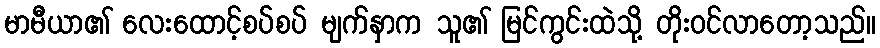
မာမီယာ၏ လေးထောင့်စပ်စပ် မျက်နှာက သူ၏ မြင်ကွင်းထဲသို့ တိုးဝင်လာတော့သည်။